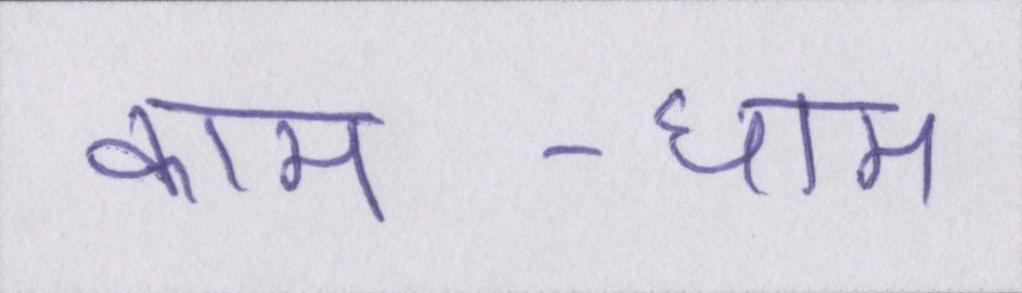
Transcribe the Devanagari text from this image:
काम-धाम